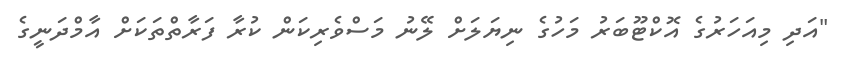
"އަދި މިއަހަރުގެ އޮކްޓޫބަރު މަހުގެ ނިޔަލަށް ލޭނު މަސްވެރިކަން ކުރާ ފަރާތްތަކަށް އާމްދަނީގެ